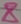
Text: 8